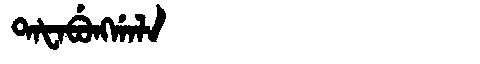
Manchu: ᡨᠠᡶᠠᠪᡠᠩᡤᠠᠯᠠ
Romanization: TAFABUNGGALA